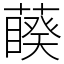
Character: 藈